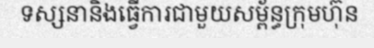
ទស្សនានិងធ្វើការជាមួយសម្ព័ន្ធក្រុមហ៊ុន